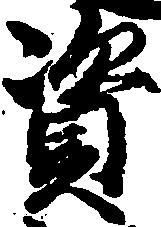
資